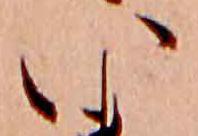
い